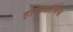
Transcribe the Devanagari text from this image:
होमोफ़ोबिक